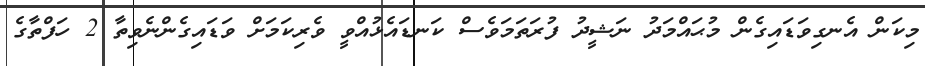
މިކަން އެނގިވަޑައިގެން މުޙައްމަދު ނަޝީދު ފުރަތަމަވެސް ކަނޑައެޅުއްވީ ވެރިކަމަށް ވަޑައިގެންނެވިތާ 2 ހަފްތާގެ